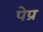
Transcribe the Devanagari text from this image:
पेप्र